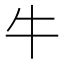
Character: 牛